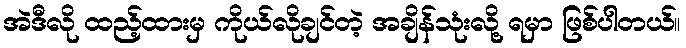
အဲဒီလို ထည့်ထားမှ ကိုယ်လိုချင်တဲ့ အချိန်သုံးလို့ ရမှာ ဖြစ်ပါတယ်။